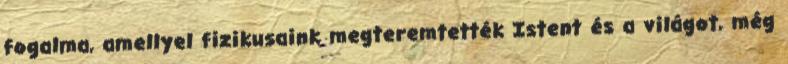
fogalma, amellyel fizikusaink megteremtették Istent és a világot, még